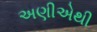
અણીએથી